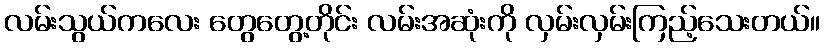
လမ်းသွယ်ကလေး တွေတွေ့တိုင်း လမ်းအဆုံးကို လှမ်းလှမ်းကြည့်သေးတယ်။